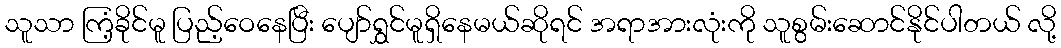
သူသာ ကြံ့ခိုင်မူ ပြည့်ဝေနေပြီး ပျော်ရွှင်မူရှိနေမယ်ဆိုရင် အရာအားလုံးကို သူစွမ်းဆောင်နိုင်ပါတယ် လို့